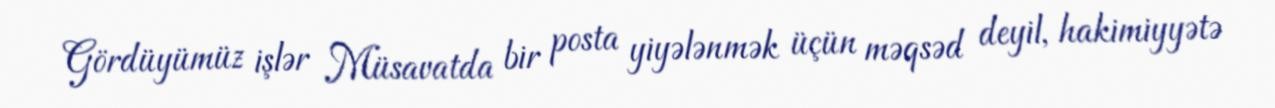
Gördüyümüz işlər Müsavatda bir posta yiyələnmək üçün məqsəd deyil, hakimiyyətə